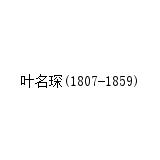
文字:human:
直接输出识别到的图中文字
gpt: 叶名琛(1807-1859)